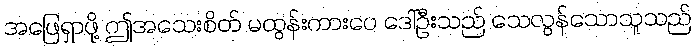
အဖြေရှာဖို့ ဤအသေးစိတ် မထွန်းကားပေ ဒေါ်ဦးသည် သေလွန်သောသူသည်